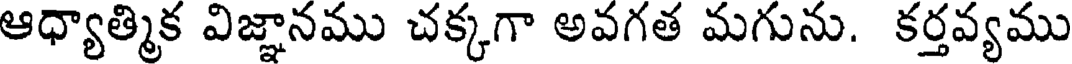
ఆధ్యాత్మిక విజ్ఞానము చక్కగా అవగత మగును. కర్తవ్యము